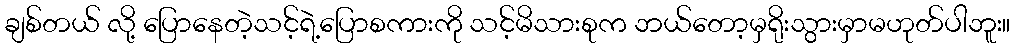
ချစ်တယ် လို့ ပြောနေတဲ့သင့်ရဲ့ပြောစကားကို သင့်မိသားစုက ဘယ်တော့မှရိုးသွားမှာမဟုတ်ပါဘူး။